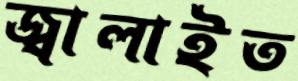
জ্বালাইত